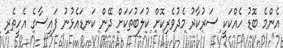
އެންމެ ބޮޑު ހެއްކަކީ ސަރުކާރު މެދުވެރިކޮށް ކުލަބުތަކަށް ދޭން ކަނޑައެޅުނު ފައިސާގެ އެހީތެރި